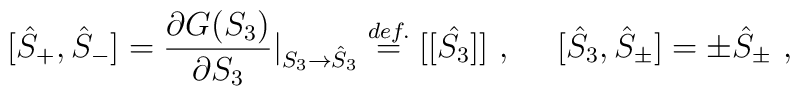
[\hat{S}_+,\hat{S}_-]=\displaystyle\frac{\partial G(S_3)}{\partial S_3}\vert_{S_3\to \hat{S}_3}\stackrel{def.}{=}[[\hat{S_3}]]~,~~~~[\hat{S}_3,\hat{S}_{\pm}]=\pm \hat{S}_{\pm}~,